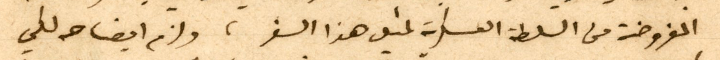
المفروضة من السلطة العسكرية لنيل هذا السفر، ولزم ايضاحه لكي